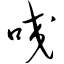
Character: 咬